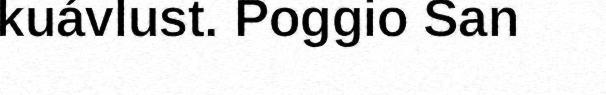
kuávlust. Poggio San